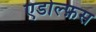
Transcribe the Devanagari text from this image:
एडोल्फ़स